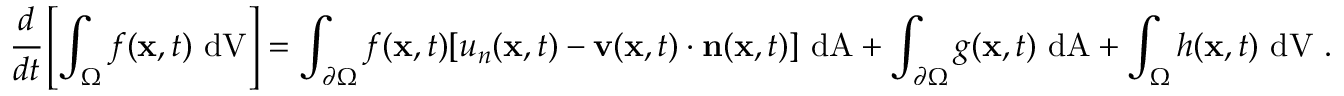
{ \cfrac { d } { d t } } \left[ \int _ { \Omega } f ( \mathbf { x } , t ) ~ { \mathrm { d V } } \right] = \int _ { \partial \Omega } f ( \mathbf { x } , t ) [ u _ { n } ( \mathbf { x } , t ) - \mathbf { v } ( \mathbf { x } , t ) \cdot \mathbf { n } ( \mathbf { x } , t ) ] ~ { \mathrm { d A } } + \int _ { \partial \Omega } g ( \mathbf { x } , t ) ~ { \mathrm { d A } } + \int _ { \Omega } h ( \mathbf { x } , t ) ~ { \mathrm { d V } } ~ .